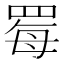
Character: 䍙